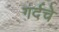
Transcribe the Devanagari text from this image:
गर्दचे